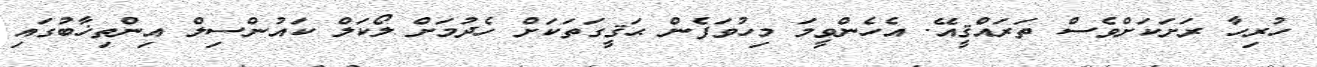
ހުރިހާ ރަށަކަށްވެސް ތަރައްޤީއޭ. އެހެންވީމަ މިހުވަފެން ޙަޤީގަތަކަށް ހެދުމަށް ލޯކަލް ކައުންސިލް އިންތިޚާބުގައި